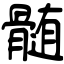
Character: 髄